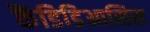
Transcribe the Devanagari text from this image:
कैंडिडिआसिस